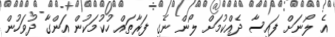
އެ ލޯނަށް ފައިސާ ދެއްކުމަށް ލޯން ނެގި ފަރާތައް ހުކުމަކުން އަންގާ ދުވަހުން